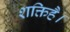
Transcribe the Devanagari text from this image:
शक्तिहै।